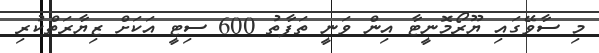
މި ސާވޭގައި ޔޫރޯމޮނީޓާ އިން ވަނީ ތަފާތު 600 ސިޓީ އަކަށް ޒިޔާރަތްކުރި